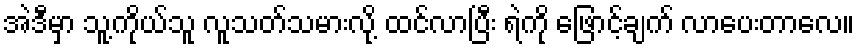
အဲဒီမှာ သူ့ကိုယ်သူ လူသတ်သမားလို့ ထင်လာပြီး ရဲကို ဖြောင့်ချက် လာပေးတာလေ။